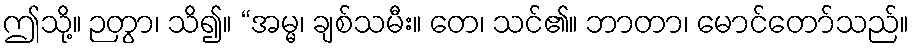
ဤသို့။ ဉတွာ၊ သိ၍။ “အမ္မ၊ ချစ်သမီး။ တေ၊ သင်၏။ ဘာတာ၊ မောင်တော်သည်။